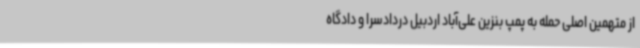
از متهمین اصلی حمله به پمپ بنزین علی‌آباد اردبیل دردادسرا و دادگاه